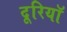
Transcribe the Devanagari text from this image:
दूरियॉ